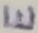
Text: E